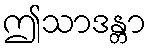
ဤသာဒန္တာ